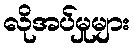
လိုအပ်မှုများ